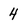
Character: 4